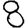
Digit: 8